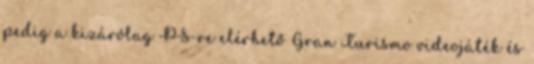
pedig a kizárólag PS-re elérhető Gran Turismo videojáték és